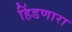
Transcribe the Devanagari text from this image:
हिंडणारा